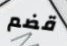
قضم